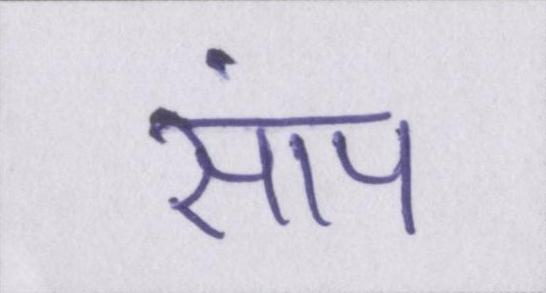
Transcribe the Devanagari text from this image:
सांप